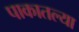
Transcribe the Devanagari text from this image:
पाकातल्या